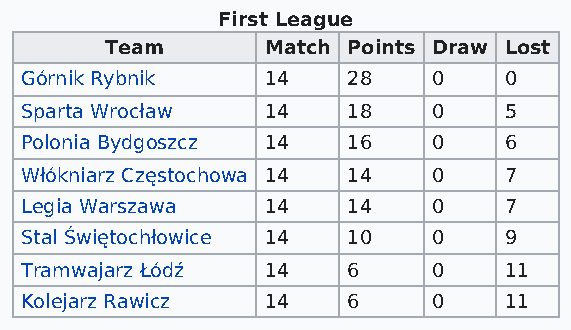
First League
 Team       Match Points Draw Lost
 Górnik Rybnik    14   28    0   0
 Sparta Wrocław   14   18    0   5
 Polonia Bydgoszcz 14  16    0   6
 Włókniarz Częstochowa 14 14 0   7
 Legia Warszawa   14   14    0   7
 Stal Świętochłowice 14 10   0   9
 Tramwajarz Łódź  14   6     0   11
 Kolejarz Rawicz  14   6     0   11